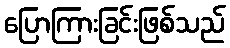
ပြောကြားခြင်းဖြစ်သည်